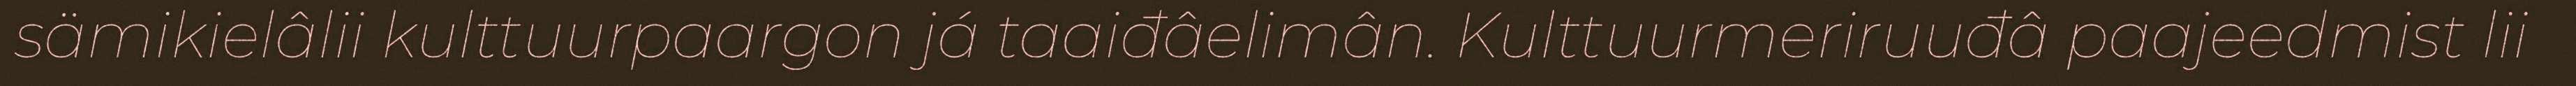
sämikielâlii kulttuurpaargon já taaiđâelimân. Kulttuurmeriruuđâ paajeedmist lii